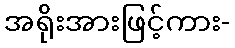
အရိုးအားဖြင့်ကား-